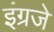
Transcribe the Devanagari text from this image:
इंग्रजे